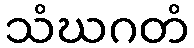
သံဃဂတံ